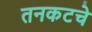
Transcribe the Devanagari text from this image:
तनकटचे